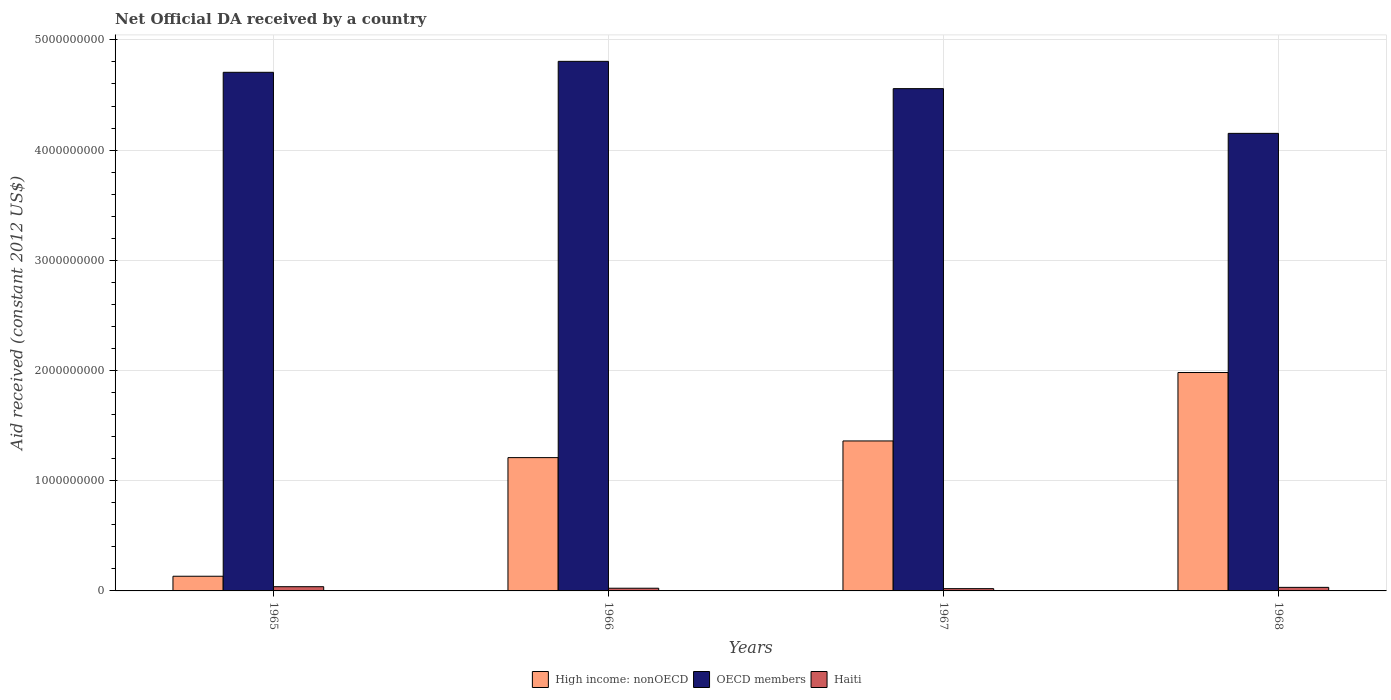
| Years | High income: nonOECD | OECD members | Haiti |
 | --- | --- | --- | --- |
 | 1965 | 1.33e+08 | 4.71e+09 | 3.84e+07 |
 | 1966 | 1.21e+09 | 4.81e+09 | 2.45e+07 |
 | 1967 | 1.36e+09 | 4.56e+09 | 2.07e+07 |
 | 1968 | 1.98e+09 | 4.15e+09 | 3.23e+07 |